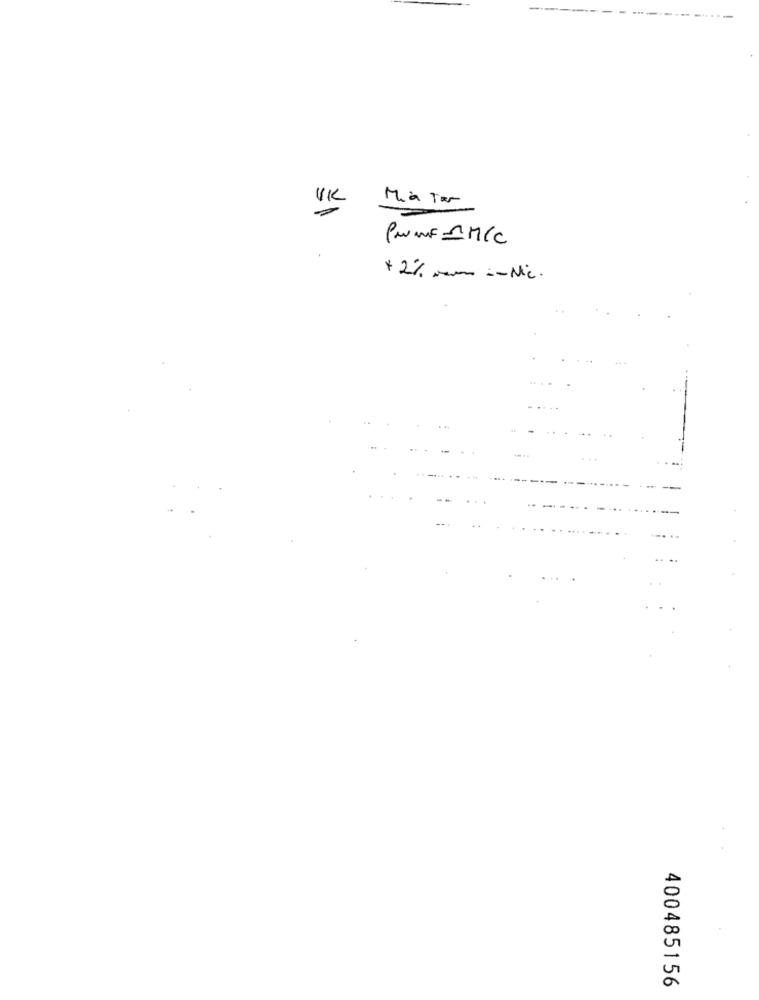
UK
Mia Tar
PAMF =M/C
+2% Nem -- Nic.
00
a
400485156